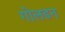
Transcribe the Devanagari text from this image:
गोलडन